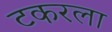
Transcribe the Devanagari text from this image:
टकरला